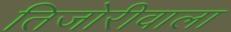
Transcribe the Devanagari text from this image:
तिजोरीवाला